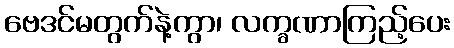
ဗေဒင်မတွက်နဲ့ကွာ၊ လက္ခဏာကြည့်ပေး